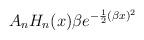
LaTeX: \begin{align*}A_nH_n(x)\beta e^{-\frac{1}{2}(\beta x)^2}\end{align*}